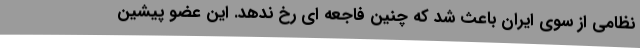
نظامی از سوی ایران باعث شد که چنین فاجعه ای رخ ندهد. این عضو پیشین